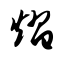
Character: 熠